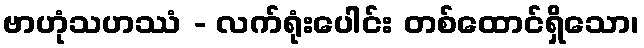
ဗာဟုံသဟဿံ - လက်ရုံးပေါင်း တစ်ထောင်ရှိသော၊